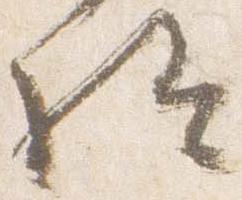
給